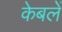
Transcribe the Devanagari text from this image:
केबलें